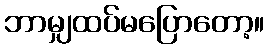
ဘာမျှထပ်မပြောတော့။